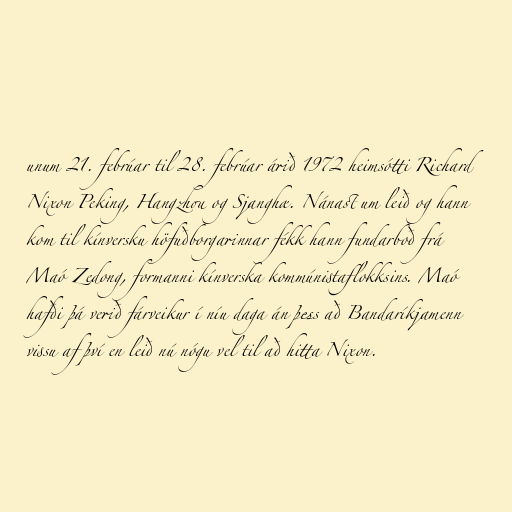
unum 21. febrúar til 28. febrúar árið 1972 heimsótti Richard
Nixon Peking, Hangzhou og Sjanghæ. Nánast um leið og hann
kom til kínversku höfuðborgarinnar fékk hann fundarboð frá
Maó Zedong, formanni kínverska kommúnistaflokksins. Maó
hafði þá verið fárveikur í níu daga án þess að Bandaríkjamenn
vissu af því en leið nú nógu vel til að hitta Nixon.